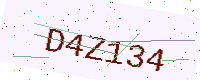
Text: D4Z134